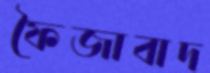
ফৈজাবাদ